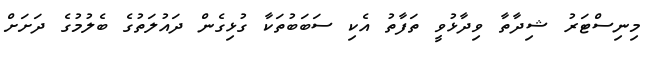
މިނިސްޓަރު ޝިދާތާ ވިދާޅުވީ ތަފާތު އެކި ސަބަބުތަކާ ގުޅިގެން ދައުލަތުގެ ބެލުމުގެ ދަށަށް